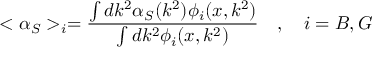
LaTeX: < \alpha _ { S } > _ { i } = \frac { \int d k ^ { 2 } \alpha _ { S } ( k ^ { 2 } ) \phi _ { i } ( x , k ^ { 2 } ) } { \int d k ^ { 2 } \phi _ { i } ( x , k ^ { 2 } ) } \quad , \quad i = B , G